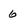
Character: 6